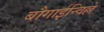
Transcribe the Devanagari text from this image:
बौगाईन्विल्ले